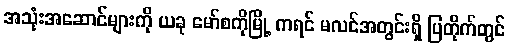
အသုံးအဆောင်များကို ယခု မော်စကိုမြို့ ကရင် မလင်အတွင်းရှိ ပြတိုက်တွင်